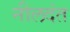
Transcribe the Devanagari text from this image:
नीलदंत